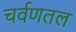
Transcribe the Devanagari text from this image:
चर्वणतल